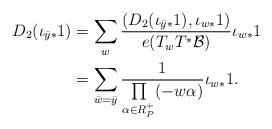
LaTeX: \begin{align*}D_2(\iota_{\bar{y}*}1)&=\sum\limits_{w}\frac{(D_2(\iota_{\bar{y}*}1), \iota_{w*}1)}{e(T_wT^*\mathcal{B})}\iota_{w*}1\\&=\sum\limits_{\bar{w}=\bar{y}}\frac{1}{\prod\limits_{\alpha\in R^+_P}(-w\alpha)}\iota_{w*}1.\end{align*}